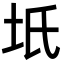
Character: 坁